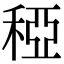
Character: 稏